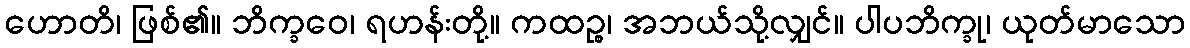
ဟောတိ၊ ဖြစ်၏။ ဘိက္ခဝေ၊ ရဟန်းတို့။ ကထဉ္စ၊ အဘယ်သို့လျှင်။ ပါပဘိက္ခု၊ ယုတ်မာသော